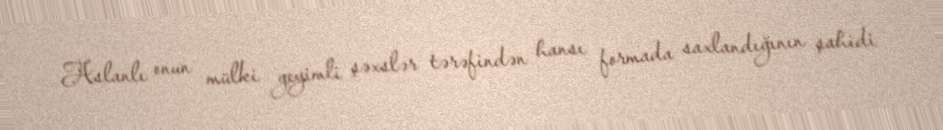
Aslanlı onun mülki geyimli şəxslər tərəfindən hansı formada saxlandığının şahidi